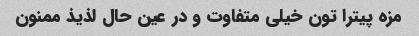
مزه پیترا تون خیلی متفاوت و در عین حال لذیذ ممنون